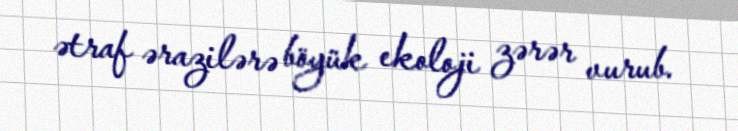
ətraf ərazilərə böyük ekoloji zərər vurub.